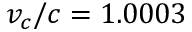
v _ { c } / c = 1 . 0 0 0 3